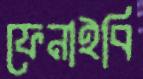
ফেনাইবি